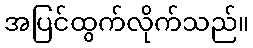
အပြင်ထွက်လိုက်သည်။